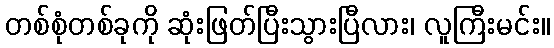
တစ်စုံတစ်ခုကို ဆုံးဖြတ်ပြီးသွားပြီလား၊ လူကြီးမင်း။